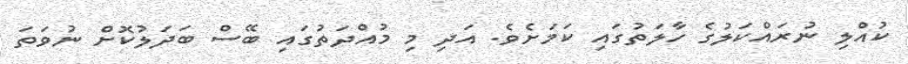
ކުއްލި ނުރައްކަލުގެ ހާލަތުގައި ކަމަށެވެ. އަދި މި މުއްދަތުގައި ބޭސް ބަދަލުކޮށް ނުވަތަ